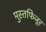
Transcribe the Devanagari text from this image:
मुस्तफिजूर